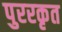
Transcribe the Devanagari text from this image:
पुररकृत